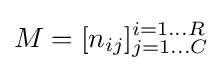
M=[n_{ij}]_{j=1\ldots C}^{i=1\ldots R}